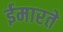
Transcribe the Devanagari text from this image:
ईमारते